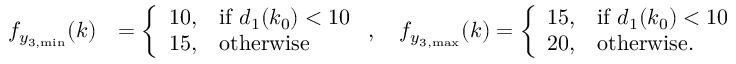
\begin{array} { r l } { f _ { y _ { 3 , \mathrm { m i n } } } ( k ) } & { = \left\{ \begin{array} { l l } { 1 0 , } & { \mathrm { i f ~ } d _ { 1 } ( k _ { 0 } ) < 1 0 } \\ { 1 5 , } & { \mathrm { o t h e r w i s e } } \end{array} \right. , \quad f _ { y _ { 3 , \mathrm { m a x } } } ( k ) = \left\{ \begin{array} { l l } { 1 5 , } & { \mathrm { i f ~ } d _ { 1 } ( k _ { 0 } ) < 1 0 } \\ { 2 0 , } & { \mathrm { o t h e r w i s e . } } \end{array} \right. } \end{array}